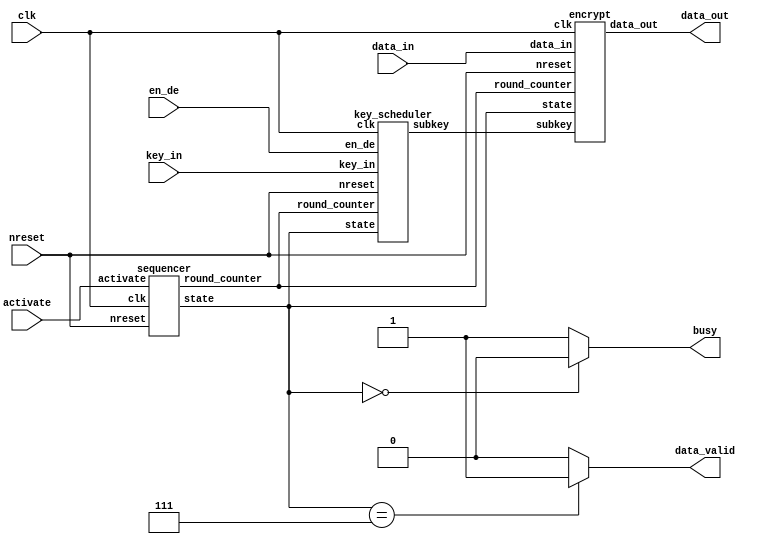
/*-------------------------------------------------------------------------
 SEED Encryption/Decryption Macro
 (One round / Three clock version)
 
 File name   : SEED_3clk.v
 Version     : Version 1.0
 Created     : MAR/04/2007
 Last update : AUG/03/2007
 Desgined by : Takeshi Sugawara
 
 
 Copyright (C) 2007 AIST and Tohoku Univ.
 
 By using this code, you agree to the following terms and conditions.
 
 This code is copyrighted by AIST and Tohoku University ("us").
 
 Permission is hereby granted to copy, reproduce, redistribute or
 otherwise use this code as long as: there is no monetary profit gained
 specifically from the use or reproduction of this code, it is not sold,
 rented, traded or otherwise marketed, and this copyright notice is
 included prominently in any copy made.
 
 We shall not be liable for any damages, including without limitation
 direct, indirect, incidental, special or consequential damages arising
 from the use of this code.
 
 When you publish any results arising from the use of this code, we will
 appreciate it if you can cite as following.
 @misc{tohoku-crypto-ip,
  author={Tohoku University ECSIS laboratory},
  title={Cryptographic IP cores},
  howpublished = {https://github.com/ECSIS-lab/IP_cores}
 }
 -------------------------------------------------------------------------*/ 


// 
`define IDLE       3'b000
`define GET_DATA   3'b001
`define INITIAL1   3'b010
`define INITIAL2   3'b011
`define ROUND1     3'b100
`define ROUND2     3'b101
`define ROUND3     3'b110
`define FINISH     3'b111

// 
`define KC0     32'h9E3779B9
`define KC1     32'h3C6EF373
`define KC2     32'h78DDE6E6
`define KC3     32'hF1BBCDCC
`define KC4     32'hE3779B99
`define KC5     32'hC6EF3733
`define KC6     32'h8DDE6E67
`define KC7     32'h1BBCDCCF
`define KC8     32'h3779B99E
`define KC9     32'h6EF3733C
`define KC10    32'hDDE6E678
`define KC11    32'hBBCDCCF1
`define KC12    32'h779B99E3
`define KC13    32'hEF3733C6
`define KC14    32'hDE6E678D
`define KC15    32'hBCDCCF1B

// 
`define ENCRYPTION 1'b0
`define DECRYPTION 1'b1

module top(clk, nreset,
	   data_in, key_in, activate, en_de,
	   data_out, busy, data_valid);
   input clk, nreset;

   input [127:0] data_in;
   input [127:0] key_in;
   input 	 activate; // start encryption/decryption
   input 	 en_de;    // select encryption or decryption

   output [127:0] data_out;
   output 	  busy;
   output 	  data_valid;
   reg 		  busy;
   reg 		  data_valid;

   wire [2:0] 	  state;        
   wire [3:0] 	 round_counter;
   wire [63:0] 	 subkey;
   
   sequencer     sequencer     (/*AUTOINST*/
				// Outputs
				.state		(state[2:0]),
				.round_counter	(round_counter[3:0]),
				// Inputs
				.clk		(clk),
				.nreset		(nreset),
				.activate	(activate));
   key_scheduler key_scheduler (/*AUTOINST*/
				// Outputs
				.subkey		(subkey[63:0]),
				// Inputs
				.clk		(clk),
				.nreset		(nreset),
				.state		(state[2:0]),
				.round_counter	(round_counter[3:0]),
				.key_in		(key_in[127:0]),
				.en_de		(en_de));
   encrypt       encrypt       (/*AUTOINST*/
				// Outputs
				.data_out	(data_out[127:0]),
				// Inputs
				.clk		(clk),
				.nreset		(nreset),
				.state		(state[2:0]),
				.data_in	(data_in[127:0]),
				.subkey		(subkey[63:0]),
				.round_counter	(round_counter[3:0]));

   always @(state) begin
      if (state == `FINISH)
	data_valid <= 1'b1;
      else
	data_valid <= 1'b0;
   end

   always @(state) begin
      if(state == `IDLE)
	busy <= 1'b0;
      else
	busy <= 1'b1;
   end

endmodule


/*=========================================================*/
/*                                               */
/*=========================================================*/
module sequencer(/*AUTOARG*/
   // Outputs
   state, round_counter,
   // Inputs
   clk, nreset, activate
   );
   input clk, nreset;
   input activate;             // 
   
   output [2:0] state;         // 
   output [3:0] round_counter; // 
   reg    [2:0] state;        
   reg    [3:0] round_counter;
   
   always @(posedge clk) begin
      if (nreset == 0) begin
	 state <= `IDLE;
	 round_counter <= 4'h0;
      end
      else
	case(state)

	  // 
	  // activate 
	  `IDLE:
	    begin
	       if (activate == 1'b1) begin
		  state <= `GET_DATA;
		  round_counter <= 4'h0;
	       end
	       else
		 state <= `IDLE;
	    end

	  // round_counter = 16 
	  //  IDLE 
	  // 
	  `ROUND3:
	    begin
	       if (round_counter == 4'hf)
		 state <= `FINISH;
	       else begin
		  state <= `ROUND1;
		  round_counter <= round_counter + 1;
	       end
	    end
	  
	  default:    state <= state + 1;
	endcase // case(state)
   end
endmodule // sequencer



/*=========================================================*/
/*                                                   */
/*=========================================================*/
module encrypt(
	       // Outputs
	       data_out,
	       // Inputs
	       clk, nreset, state, data_in, subkey,
	       round_counter
	       );
   input clk, nreset;
   input [2:0] state;           // 
   input [127:0] data_in;       // 
   input [63:0]  subkey;        // 
   input [3:0] 	 round_counter;        // 

   output [127:0] data_out;     // 

   reg [31:0] 	  A, B, C, D;   // {A, B, C, D} 
   reg [31:0] 	  temp_C, temp_D;
   
   wire [63:0]   next_data;   
   wire [31:0] 	  g_in, g_out;  // G 
   wire [31:0] 	  key_added_left, key_added_right; 
   wire [31:0] 	  adder_out;
   
   function_g function_g(/*AUTOINST*/
			 // Outputs
			 .g_out			(g_out[31:0]),
			 // Inputs
			 .g_in			(g_in[31:0]));

   assign 	  data_out = {A, B, C, D};
   
   //  {key_added_left, key_added_right}
   assign 	  key_added_left  = C ^ subkey[63:32];
   assign 	  key_added_right = D ^ subkey[31: 0] ^ key_added_left;   

   // G 
   assign 	  g_in = g_in_selector(state, temp_C, temp_D, key_added_right);
   assign 	  adder_out = g_out + adder_in_selector(state, temp_C, temp_D, key_added_left);

   // 
   assign 	  next_data = next_data_selector(g_out, adder_out);

   
   //  A, B, C, D 
   always @(posedge clk) begin
      if(nreset == 1'b0)
	{A, B, C, D} <= 128'h00000000000000000000000000000000;
      else
	case(state)
	  `GET_DATA: {A, B, C, D} <= data_in;
	  `ROUND3:
	    if(round_counter == 4'hf)  // 
	      {A, B, C, D} <= {{A, B}^next_data, C, D};
	    else
	      {A, B, C, D} <= {C, D, {A, B}^next_data};
	endcase // case(state)
   end

   
   //  temp_C, temp_D 
   always @(posedge clk) begin
      if(nreset == 1'b0) begin
	 temp_C <= 32'h00000000;
	 temp_D <= 32'h00000000;
      end
      else if (state == `ROUND1 || state == `ROUND2)
	{temp_C, temp_D} <= next_data;
   end
   
   // G 
   function [31:0] g_in_selector;
      input [2:0] state;
      input [31:0] temp_C, temp_D, key_added_right;
      case(state)
	`ROUND1: g_in_selector = key_added_right;
	`ROUND2: g_in_selector = temp_C;
	`ROUND3: g_in_selector = temp_D;
	default: g_in_selector = 32'h00000000;
      endcase // case(state)
   endfunction // g_in_selector
   
   // 
   function [31:0] adder_in_selector;
      input [2:0] state;
      input [31:0] C, D, key_added_left;

      case(state)
	`ROUND1: adder_in_selector = key_added_left;
	`ROUND2: adder_in_selector = temp_D;
	`ROUND3: adder_in_selector = temp_C;
	default: adder_in_selector = 32'h00000000;
      endcase // case(state)
   endfunction // adder_in_selector
   
   //  {A, B, C, D} 
   function [63:0] next_data_selector;
      input [31:0] g_out, adder_out;

      case(state)
	`ROUND1, `ROUND3: next_data_selector = {adder_out, g_out};
	`ROUND2: next_data_selector = {g_out, adder_out};
	default: next_data_selector = 64'h0000000000000000;
      endcase // case(state)
   endfunction // next_data_selector
   
endmodule // encrypt



/*=========================================================*/
/*                                           */
/*=========================================================*/
module key_scheduler(/*AUTOARG*/
   // Outputs
   subkey,
   // Inputs
   clk, nreset, state, round_counter, key_in, en_de
   );
   input clk, nreset;
   input [2:0] state;
   input [3:0] round_counter;
   input [127:0] key_in;
   input 	 en_de;
   output [63:0] subkey;

   reg [31:0] 	 k0, k1;      // 
   reg [31:0] 	 A, B, C, D;  // 
                              // 
   reg 		 en_de_reg;
   
   wire [31:0] 	 g_in, g_out; // G

   wire [31:0] 	 kc_selected;
   
   assign 	 subkey = {k0, k1};
   assign 	 kc_selected = kc_selector(state, round_counter, en_de_reg);
   assign g_in = g_selector(state, A, B, C, D, kc_selected);

   function_g function_g(/*AUTOINST*/
			 // Outputs
			 .g_out			(g_out[31:0]),
			 // Inputs
			 .g_in			(g_in[31:0]));      
   // A, B, C, D 
   always @(posedge clk)
     begin
      if(nreset == 1'b0)
	begin
	 A <= 32'h00000000;
	 B <= 32'h00000000;
	 C <= 32'h00000000;
	 D <= 32'h00000000;
	end
      else
	case(state)
	  `GET_DATA: 
	    begin
	       if(en_de == `ENCRYPTION) // 
		 {A, B, C, D} <= key_in;
	       else
		 begin                  // 
		    {A, B} <= key_in[127:64];
		    {C, D} <= {key_in[  7: 0], key_in[ 63:  8]};
		 end
	       en_de_reg    <= en_de;
	    end
	     
	  `INITIAL2:
	    begin
	       if(en_de_reg == `ENCRYPTION)
		 {A, B} <= {B[7:0], A[31:0], B[31:8]}; // 
	       else
		 //{C, D} <= {D[7:0], C[31:0], D[31:8]}; // 
	       {A, B} <= {A[23:0], B[31:0], A[31:24]}; // 
	    end
	     
	  `ROUND3:
	    begin
	       if(en_de_reg == `ENCRYPTION) // 
		 begin
		    if(round_counter[0] == 1)             //round_counter[0] 
		      {A, B} <= {B[7:0], A[31:0], B[31:8]};
		    else
		      {C, D} <= {C[23:0], D[31:0], C[31:24]};
		 end
	       else                     // 
		 begin
		    if(round_counter[0] == 0)
		      {C, D} <= {D[7:0], C[31:0], D[31:8]};
		    else
		      {A, B} <= {A[23:0], B[31:0], A[31:24]};
		 end
	    end
	endcase // case(state)
     end // always @ (posedge clk)
   

 
  // k0, k1 
   always @(posedge clk)
     begin
	case(state)
	  `ROUND1, `INITIAL1: k0 <= g_out;
	  `ROUND2, `INITIAL2: k1 <= g_out;
	endcase
     end
   
   // 
   // round_counter 
   //  1
   function [31:0] kc_selector;
      input [2:0] state;
      input [3:0] round_counter;
      input 	  en_de_reg;

      if(en_de_reg == `ENCRYPTION)  // 
	begin
	   if(state == `INITIAL1 || state == `INITIAL2)
	     kc_selector = `KC0;
	   else
	     case (round_counter)
	       4'h0: kc_selector = `KC1;   4'h1: kc_selector = `KC2;
	       4'h2: kc_selector = `KC3;   4'h3: kc_selector = `KC4;
	       4'h4: kc_selector = `KC5;   4'h5: kc_selector = `KC6;	
	       4'h6: kc_selector = `KC7;   4'h7: kc_selector = `KC8;
	       4'h8: kc_selector = `KC9;   4'h9: kc_selector = `KC10;
	       4'ha: kc_selector = `KC11;  4'hb: kc_selector = `KC12;
	       4'hc: kc_selector = `KC13;  4'hd: kc_selector = `KC14;
	       default: kc_selector = `KC15;
	     endcase // case(round_counter)
	end
      else  // 
	begin
	   if(state == `INITIAL1 || state == `INITIAL2)
	     kc_selector = `KC15;
	   else
	     case (round_counter)
	       4'h0: kc_selector = `KC14;   4'h1: kc_selector = `KC13;
	       4'h2: kc_selector = `KC12;   4'h3: kc_selector = `KC11;
	       4'h4: kc_selector = `KC10;   4'h5: kc_selector = `KC9;	
	       4'h6: kc_selector = `KC8;    4'h7: kc_selector = `KC7;
	       4'h8: kc_selector = `KC6;    4'h9: kc_selector = `KC5;
	       4'ha: kc_selector = `KC4;    4'hb: kc_selector = `KC3;
	       4'hc: kc_selector = `KC2;    4'hd: kc_selector = `KC1;
	       default: kc_selector = `KC0;
	     endcase // case(round_counter)
	end
   endfunction // kc_selector

   
   // G    
   function [31:0] g_selector;
      input [2:0] state;
      input [31:0] A, B, C, D, kc;

      case(state)
	`ROUND1, `INITIAL1: g_selector = A + C - kc;
	default:	    g_selector = B - D + kc;
      endcase
   endfunction // g_selector
endmodule // key_scheduler



/*=========================================================*/
/* G                                                   */
/*=========================================================*/
module function_g(/*AUTOARG*/
   // Outputs
   g_out,
   // Inputs
   g_in
   );
   // 
   parameter m3 = 8'h3f;   parameter m2 = 8'hcf;
   parameter m1 = 8'hf3;   parameter m0 = 8'hfc;
   
   input [31:0] g_in;
   output [31:0] g_out;

   wire [7:0] 	 sbox_a_out, sbox_b_out, sbox_c_out,sbox_d_out;

   // 8bit
   // 
   wire [7:0] 	 x3, x2, x1, x0;
   wire [7:0] 	 z3, z2, z1, z0;

   assign 	 x3 = g_in[31:24];
   assign 	 x2 = g_in[23:16];
   assign 	 x1 = g_in[15: 8];
   assign 	 x0 = g_in[ 7: 0];
   
   sbox2 sbox_a (.in(x3), .out(sbox_a_out));
   sbox1 sbox_b (.in(x2), .out(sbox_b_out));
   sbox2 sbox_c (.in(x1), .out(sbox_c_out));
   sbox1 sbox_d (.in(x0), .out(sbox_d_out));

   assign 	 z3 = (sbox_a_out & m2) ^ (sbox_b_out & m1) ^ (sbox_c_out & m0) ^ (sbox_d_out & m3);
   assign 	 z2 = (sbox_a_out & m1) ^ (sbox_b_out & m0) ^ (sbox_c_out & m3) ^ (sbox_d_out & m2);
   assign 	 z1 = (sbox_a_out & m0) ^ (sbox_b_out & m3) ^ (sbox_c_out & m2) ^ (sbox_d_out & m1);
   assign 	 z0 = (sbox_a_out & m3) ^ (sbox_b_out & m2) ^ (sbox_c_out & m1) ^ (sbox_d_out & m0);
   assign 	 g_out = {z3, z2, z1, z0};
endmodule // function_g


/*=========================================================*/
/* SBOX1                                                   */
/*=========================================================*/
module sbox1(in, out);
   input [7:0] in;
   output [7:0] out;
   reg [7:0] 	out;
   always @(in)
      case(in)
	8'h00: out = 8'ha9;     8'h01: out = 8'h85;     8'h02: out = 8'hd6;     8'h03: out = 8'hd3;    
	8'h04: out = 8'h54;     8'h05: out = 8'h1d;     8'h06: out = 8'hac;     8'h07: out = 8'h25;    
	8'h08: out = 8'h5d;     8'h09: out = 8'h43;     8'h0a: out = 8'h18;     8'h0b: out = 8'h1e;    
	8'h0c: out = 8'h51;     8'h0d: out = 8'hfc;     8'h0e: out = 8'hca;     8'h0f: out = 8'h63;    
	8'h10: out = 8'h28;     8'h11: out = 8'h44;     8'h12: out = 8'h20;     8'h13: out = 8'h9d;    
	8'h14: out = 8'he0;     8'h15: out = 8'he2;     8'h16: out = 8'hc8;     8'h17: out = 8'h17;    
	8'h18: out = 8'ha5;     8'h19: out = 8'h8f;     8'h1a: out = 8'h03;     8'h1b: out = 8'h7b;    
	8'h1c: out = 8'hbb;     8'h1d: out = 8'h13;     8'h1e: out = 8'hd2;     8'h1f: out = 8'hee;    
	8'h20: out = 8'h70;     8'h21: out = 8'h8c;     8'h22: out = 8'h3f;     8'h23: out = 8'ha8;    
	8'h24: out = 8'h32;     8'h25: out = 8'hdd;     8'h26: out = 8'hf6;     8'h27: out = 8'h74;    
	8'h28: out = 8'hec;     8'h29: out = 8'h95;     8'h2a: out = 8'h0b;     8'h2b: out = 8'h57;    
	8'h2c: out = 8'h5c;     8'h2d: out = 8'h5b;     8'h2e: out = 8'hbd;     8'h2f: out = 8'h01;    
	8'h30: out = 8'h24;     8'h31: out = 8'h1c;     8'h32: out = 8'h73;     8'h33: out = 8'h98;    
	8'h34: out = 8'h10;     8'h35: out = 8'hcc;     8'h36: out = 8'hf2;     8'h37: out = 8'hd9;    
	8'h38: out = 8'h2c;     8'h39: out = 8'he7;     8'h3a: out = 8'h72;     8'h3b: out = 8'h83;    
	8'h3c: out = 8'h9b;     8'h3d: out = 8'hd1;     8'h3e: out = 8'h86;     8'h3f: out = 8'hc9;    
	8'h40: out = 8'h60;     8'h41: out = 8'h50;     8'h42: out = 8'ha3;     8'h43: out = 8'heb;    
	8'h44: out = 8'h0d;     8'h45: out = 8'hb6;     8'h46: out = 8'h9e;     8'h47: out = 8'h4f;    
	8'h48: out = 8'hb7;     8'h49: out = 8'h5a;     8'h4a: out = 8'hc6;     8'h4b: out = 8'h78;    
	8'h4c: out = 8'ha6;     8'h4d: out = 8'h12;     8'h4e: out = 8'haf;     8'h4f: out = 8'hd5;    
	8'h50: out = 8'h61;     8'h51: out = 8'hc3;     8'h52: out = 8'hb4;     8'h53: out = 8'h41;    
	8'h54: out = 8'h52;     8'h55: out = 8'h7d;     8'h56: out = 8'h8d;     8'h57: out = 8'h08;    
	8'h58: out = 8'h1f;     8'h59: out = 8'h99;     8'h5a: out = 8'h00;     8'h5b: out = 8'h19;    
	8'h5c: out = 8'h04;     8'h5d: out = 8'h53;     8'h5e: out = 8'hf7;     8'h5f: out = 8'he1;    
	8'h60: out = 8'hfd;     8'h61: out = 8'h76;     8'h62: out = 8'h2f;     8'h63: out = 8'h27;    
	8'h64: out = 8'hb0;     8'h65: out = 8'h8b;     8'h66: out = 8'h0e;     8'h67: out = 8'hab;    
	8'h68: out = 8'ha2;     8'h69: out = 8'h6e;     8'h6a: out = 8'h93;     8'h6b: out = 8'h4d;    
	8'h6c: out = 8'h69;     8'h6d: out = 8'h7c;     8'h6e: out = 8'h09;     8'h6f: out = 8'h0a;    
	8'h70: out = 8'hbf;     8'h71: out = 8'hef;     8'h72: out = 8'hf3;     8'h73: out = 8'hc5;    
	8'h74: out = 8'h87;     8'h75: out = 8'h14;     8'h76: out = 8'hfe;     8'h77: out = 8'h64;    
	8'h78: out = 8'hde;     8'h79: out = 8'h2e;     8'h7a: out = 8'h4b;     8'h7b: out = 8'h1a;    
	8'h7c: out = 8'h06;     8'h7d: out = 8'h21;     8'h7e: out = 8'h6b;     8'h7f: out = 8'h66;    
	8'h80: out = 8'h02;     8'h81: out = 8'hf5;     8'h82: out = 8'h92;     8'h83: out = 8'h8a;    
	8'h84: out = 8'h0c;     8'h85: out = 8'hb3;     8'h86: out = 8'h7e;     8'h87: out = 8'hd0;    
	8'h88: out = 8'h7a;     8'h89: out = 8'h47;     8'h8a: out = 8'h96;     8'h8b: out = 8'he5;    
	8'h8c: out = 8'h26;     8'h8d: out = 8'h80;     8'h8e: out = 8'had;     8'h8f: out = 8'hdf;    
	8'h90: out = 8'ha1;     8'h91: out = 8'h30;     8'h92: out = 8'h37;     8'h93: out = 8'hae;    
	8'h94: out = 8'h36;     8'h95: out = 8'h15;     8'h96: out = 8'h22;     8'h97: out = 8'h38;    
	8'h98: out = 8'hf4;     8'h99: out = 8'ha7;     8'h9a: out = 8'h45;     8'h9b: out = 8'h4c;    
	8'h9c: out = 8'h81;     8'h9d: out = 8'he9;     8'h9e: out = 8'h84;     8'h9f: out = 8'h97;    
	8'ha0: out = 8'h35;     8'ha1: out = 8'hcb;     8'ha2: out = 8'hce;     8'ha3: out = 8'h3c;    
	8'ha4: out = 8'h71;     8'ha5: out = 8'h11;     8'ha6: out = 8'hc7;     8'ha7: out = 8'h89;    
	8'ha8: out = 8'h75;     8'ha9: out = 8'hfb;     8'haa: out = 8'hda;     8'hab: out = 8'hf8;    
	8'hac: out = 8'h94;     8'had: out = 8'h59;     8'hae: out = 8'h82;     8'haf: out = 8'hc4;    
	8'hb0: out = 8'hff;     8'hb1: out = 8'h49;     8'hb2: out = 8'h39;     8'hb3: out = 8'h67;    
	8'hb4: out = 8'hc0;     8'hb5: out = 8'hcf;     8'hb6: out = 8'hd7;     8'hb7: out = 8'hb8;    
	8'hb8: out = 8'h0f;     8'hb9: out = 8'h8e;     8'hba: out = 8'h42;     8'hbb: out = 8'h23;    
	8'hbc: out = 8'h91;     8'hbd: out = 8'h6c;     8'hbe: out = 8'hdb;     8'hbf: out = 8'ha4;    
	8'hc0: out = 8'h34;     8'hc1: out = 8'hf1;     8'hc2: out = 8'h48;     8'hc3: out = 8'hc2;    
	8'hc4: out = 8'h6f;     8'hc5: out = 8'h3d;     8'hc6: out = 8'h2d;     8'hc7: out = 8'h40;    
	8'hc8: out = 8'hbe;     8'hc9: out = 8'h3e;     8'hca: out = 8'hbc;     8'hcb: out = 8'hc1;    
	8'hcc: out = 8'haa;     8'hcd: out = 8'hba;     8'hce: out = 8'h4e;     8'hcf: out = 8'h55;    
	8'hd0: out = 8'h3b;     8'hd1: out = 8'hdc;     8'hd2: out = 8'h68;     8'hd3: out = 8'h7f;    
	8'hd4: out = 8'h9c;     8'hd5: out = 8'hd8;     8'hd6: out = 8'h4a;     8'hd7: out = 8'h56;    
	8'hd8: out = 8'h77;     8'hd9: out = 8'ha0;     8'hda: out = 8'hed;     8'hdb: out = 8'h46;    
	8'hdc: out = 8'hb5;     8'hdd: out = 8'h2b;     8'hde: out = 8'h65;     8'hdf: out = 8'hfa;    
	8'he0: out = 8'he3;     8'he1: out = 8'hb9;     8'he2: out = 8'hb1;     8'he3: out = 8'h9f;    
	8'he4: out = 8'h5e;     8'he5: out = 8'hf9;     8'he6: out = 8'he6;     8'he7: out = 8'hb2;    
	8'he8: out = 8'h31;     8'he9: out = 8'hea;     8'hea: out = 8'h6d;     8'heb: out = 8'h5f;    
	8'hec: out = 8'he4;     8'hed: out = 8'hf0;     8'hee: out = 8'hcd;     8'hef: out = 8'h88;    
	8'hf0: out = 8'h16;     8'hf1: out = 8'h3a;     8'hf2: out = 8'h58;     8'hf3: out = 8'hd4;    
	8'hf4: out = 8'h62;     8'hf5: out = 8'h29;     8'hf6: out = 8'h07;     8'hf7: out = 8'h33;    
	8'hf8: out = 8'he8;     8'hf9: out = 8'h1b;     8'hfa: out = 8'h05;     8'hfb: out = 8'h79;    
	8'hfc: out = 8'h90;     8'hfd: out = 8'h6a;     8'hfe: out = 8'h2a;     default: out = 8'h9a;    
      endcase // case(in)
endmodule // sbox1


/*=========================================================*/
/* SBOX2                                                   */
/*=========================================================*/
module sbox2(in, out);
   input [7:0] in;
   output [7:0] out;
   reg [7:0] 	out;
   always @(in)
      case(in)
	8'h00: out = 8'h38;     8'h01: out = 8'he8;     8'h02: out = 8'h2d;     8'h03: out = 8'ha6;    
	8'h04: out = 8'hcf;     8'h05: out = 8'hde;     8'h06: out = 8'hb3;     8'h07: out = 8'hb8;    
	8'h08: out = 8'haf;     8'h09: out = 8'h60;     8'h0a: out = 8'h55;     8'h0b: out = 8'hc7;    
	8'h0c: out = 8'h44;     8'h0d: out = 8'h6f;     8'h0e: out = 8'h6b;     8'h0f: out = 8'h5b;    
	8'h10: out = 8'hc3;     8'h11: out = 8'h62;     8'h12: out = 8'h33;     8'h13: out = 8'hb5;    
	8'h14: out = 8'h29;     8'h15: out = 8'ha0;     8'h16: out = 8'he2;     8'h17: out = 8'ha7;    
	8'h18: out = 8'hd3;     8'h19: out = 8'h91;     8'h1a: out = 8'h11;     8'h1b: out = 8'h06;    
	8'h1c: out = 8'h1c;     8'h1d: out = 8'hbc;     8'h1e: out = 8'h36;     8'h1f: out = 8'h4b;    
	8'h20: out = 8'hef;     8'h21: out = 8'h88;     8'h22: out = 8'h6c;     8'h23: out = 8'ha8;    
	8'h24: out = 8'h17;     8'h25: out = 8'hc4;     8'h26: out = 8'h16;     8'h27: out = 8'hf4;    
	8'h28: out = 8'hc2;     8'h29: out = 8'h45;     8'h2a: out = 8'he1;     8'h2b: out = 8'hd6;    
	8'h2c: out = 8'h3f;     8'h2d: out = 8'h3d;     8'h2e: out = 8'h8e;     8'h2f: out = 8'h98;    
	8'h30: out = 8'h28;     8'h31: out = 8'h4e;     8'h32: out = 8'hf6;     8'h33: out = 8'h3e;    
	8'h34: out = 8'ha5;     8'h35: out = 8'hf9;     8'h36: out = 8'h0d;     8'h37: out = 8'hdf;    
	8'h38: out = 8'hd8;     8'h39: out = 8'h2b;     8'h3a: out = 8'h66;     8'h3b: out = 8'h7a;    
	8'h3c: out = 8'h27;     8'h3d: out = 8'h2f;     8'h3e: out = 8'hf1;     8'h3f: out = 8'h72;    
	8'h40: out = 8'h42;     8'h41: out = 8'hd4;     8'h42: out = 8'h41;     8'h43: out = 8'hc0;    
	8'h44: out = 8'h73;     8'h45: out = 8'h67;     8'h46: out = 8'hac;     8'h47: out = 8'h8b;    
	8'h48: out = 8'hf7;     8'h49: out = 8'had;     8'h4a: out = 8'h80;     8'h4b: out = 8'h1f;    
	8'h4c: out = 8'hca;     8'h4d: out = 8'h2c;     8'h4e: out = 8'haa;     8'h4f: out = 8'h34;    
	8'h50: out = 8'hd2;     8'h51: out = 8'h0b;     8'h52: out = 8'hee;     8'h53: out = 8'he9;    
	8'h54: out = 8'h5d;     8'h55: out = 8'h94;     8'h56: out = 8'h18;     8'h57: out = 8'hf8;    
	8'h58: out = 8'h57;     8'h59: out = 8'hae;     8'h5a: out = 8'h08;     8'h5b: out = 8'hc5;    
	8'h5c: out = 8'h13;     8'h5d: out = 8'hcd;     8'h5e: out = 8'h86;     8'h5f: out = 8'hb9;    
	8'h60: out = 8'hff;     8'h61: out = 8'h7d;     8'h62: out = 8'hc1;     8'h63: out = 8'h31;    
	8'h64: out = 8'hf5;     8'h65: out = 8'h8a;     8'h66: out = 8'h6a;     8'h67: out = 8'hb1;    
	8'h68: out = 8'hd1;     8'h69: out = 8'h20;     8'h6a: out = 8'hd7;     8'h6b: out = 8'h02;    
	8'h6c: out = 8'h22;     8'h6d: out = 8'h04;     8'h6e: out = 8'h68;     8'h6f: out = 8'h71;    
	8'h70: out = 8'h07;     8'h71: out = 8'hdb;     8'h72: out = 8'h9d;     8'h73: out = 8'h99;    
	8'h74: out = 8'h61;     8'h75: out = 8'hbe;     8'h76: out = 8'he6;     8'h77: out = 8'h59;    
	8'h78: out = 8'hdd;     8'h79: out = 8'h51;     8'h7a: out = 8'h90;     8'h7b: out = 8'hdc;    
	8'h7c: out = 8'h9a;     8'h7d: out = 8'ha3;     8'h7e: out = 8'hab;     8'h7f: out = 8'hd0;    
	8'h80: out = 8'h81;     8'h81: out = 8'h0f;     8'h82: out = 8'h47;     8'h83: out = 8'h1a;    
	8'h84: out = 8'he3;     8'h85: out = 8'hec;     8'h86: out = 8'h8d;     8'h87: out = 8'hbf;    
	8'h88: out = 8'h96;     8'h89: out = 8'h7b;     8'h8a: out = 8'h5c;     8'h8b: out = 8'ha2;    
	8'h8c: out = 8'ha1;     8'h8d: out = 8'h63;     8'h8e: out = 8'h23;     8'h8f: out = 8'h4d;    
	8'h90: out = 8'hc8;     8'h91: out = 8'h9e;     8'h92: out = 8'h9c;     8'h93: out = 8'h3a;    
	8'h94: out = 8'h0c;     8'h95: out = 8'h2e;     8'h96: out = 8'hba;     8'h97: out = 8'h6e;    
	8'h98: out = 8'h9f;     8'h99: out = 8'h5a;     8'h9a: out = 8'hf2;     8'h9b: out = 8'h92;    
	8'h9c: out = 8'hf3;     8'h9d: out = 8'h49;     8'h9e: out = 8'h78;     8'h9f: out = 8'hcc;    
	8'ha0: out = 8'h15;     8'ha1: out = 8'hfb;     8'ha2: out = 8'h70;     8'ha3: out = 8'h75;    
	8'ha4: out = 8'h7f;     8'ha5: out = 8'h35;     8'ha6: out = 8'h10;     8'ha7: out = 8'h03;    
	8'ha8: out = 8'h64;     8'ha9: out = 8'h6d;     8'haa: out = 8'hc6;     8'hab: out = 8'h74;    
	8'hac: out = 8'hd5;     8'had: out = 8'hb4;     8'hae: out = 8'hea;     8'haf: out = 8'h09;    
	8'hb0: out = 8'h76;     8'hb1: out = 8'h19;     8'hb2: out = 8'hfe;     8'hb3: out = 8'h40;    
	8'hb4: out = 8'h12;     8'hb5: out = 8'he0;     8'hb6: out = 8'hbd;     8'hb7: out = 8'h05;    
	8'hb8: out = 8'hfa;     8'hb9: out = 8'h01;     8'hba: out = 8'hf0;     8'hbb: out = 8'h2a;    
	8'hbc: out = 8'h5e;     8'hbd: out = 8'ha9;     8'hbe: out = 8'h56;     8'hbf: out = 8'h43;    
	8'hc0: out = 8'h85;     8'hc1: out = 8'h14;     8'hc2: out = 8'h89;     8'hc3: out = 8'h9b;    
	8'hc4: out = 8'hb0;     8'hc5: out = 8'he5;     8'hc6: out = 8'h48;     8'hc7: out = 8'h79;    
	8'hc8: out = 8'h97;     8'hc9: out = 8'hfc;     8'hca: out = 8'h1e;     8'hcb: out = 8'h82;    
	8'hcc: out = 8'h21;     8'hcd: out = 8'h8c;     8'hce: out = 8'h1b;     8'hcf: out = 8'h5f;    
	8'hd0: out = 8'h77;     8'hd1: out = 8'h54;     8'hd2: out = 8'hb2;     8'hd3: out = 8'h1d;    
	8'hd4: out = 8'h25;     8'hd5: out = 8'h4f;     8'hd6: out = 8'h00;     8'hd7: out = 8'h46;    
	8'hd8: out = 8'hed;     8'hd9: out = 8'h58;     8'hda: out = 8'h52;     8'hdb: out = 8'heb;    
	8'hdc: out = 8'h7e;     8'hdd: out = 8'hda;     8'hde: out = 8'hc9;     8'hdf: out = 8'hfd;    
	8'he0: out = 8'h30;     8'he1: out = 8'h95;     8'he2: out = 8'h65;     8'he3: out = 8'h3c;    
	8'he4: out = 8'hb6;     8'he5: out = 8'he4;     8'he6: out = 8'hbb;     8'he7: out = 8'h7c;    
	8'he8: out = 8'h0e;     8'he9: out = 8'h50;     8'hea: out = 8'h39;     8'heb: out = 8'h26;    
	8'hec: out = 8'h32;     8'hed: out = 8'h84;     8'hee: out = 8'h69;     8'hef: out = 8'h93;    
	8'hf0: out = 8'h37;     8'hf1: out = 8'he7;     8'hf2: out = 8'h24;     8'hf3: out = 8'ha4;    
	8'hf4: out = 8'hcb;     8'hf5: out = 8'h53;     8'hf6: out = 8'h0a;     8'hf7: out = 8'h87;    
	8'hf8: out = 8'hd9;     8'hf9: out = 8'h4c;     8'hfa: out = 8'h83;     8'hfb: out = 8'h8f;    
	8'hfc: out = 8'hce;     8'hfd: out = 8'h3b;     8'hfe: out = 8'h4a;     default: out = 8'hb7;    
      endcase // case(in)
endmodule // sbox1